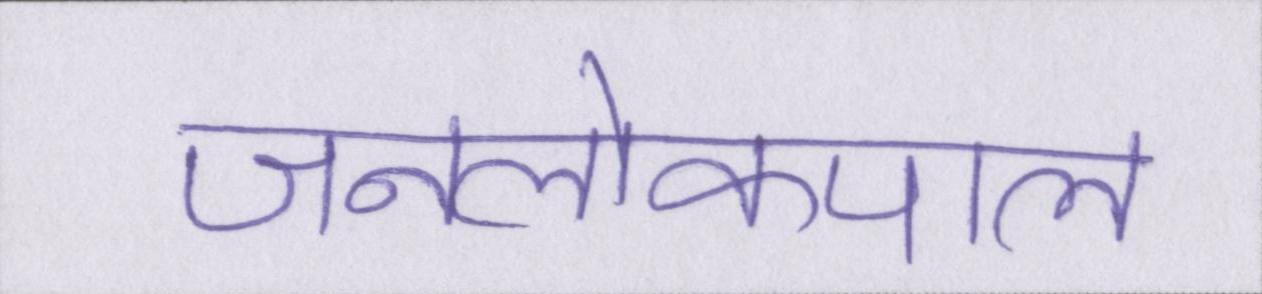
जनलोकपाल